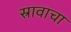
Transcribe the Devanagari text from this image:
स्रावाचा